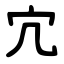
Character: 宂